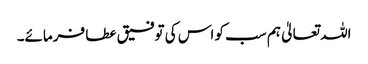
اللہ تعالیٰ ہم سب کو اس کی توفیق عطا فرمائے۔